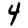
Digit: 4